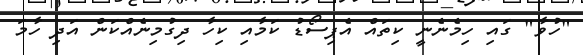
"ހުވާ" ގައި ހިމެނެނީ ކިތައް އެޕިސޯޑު ކަމާއި ކިހާ ދިގުމިނެއްކަން އަދި ހާމަ